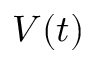
V ( t )